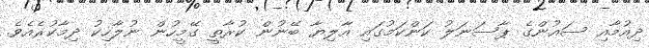
ދިއުމާއި ސައުންގެ ޕާސަނަލު ކަންކަމުގައި އާލިޔާ ބޭނުން ކުރާތީ ގޭމީހުން ނުލާހިކު ދިމާކުރެއެވެ.